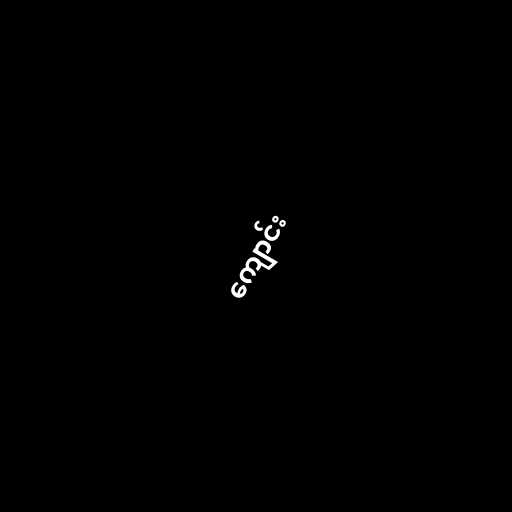
ကျောင်း